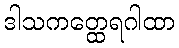
ဒါသကတ္ထေရဂါထာ